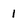
Character: 1